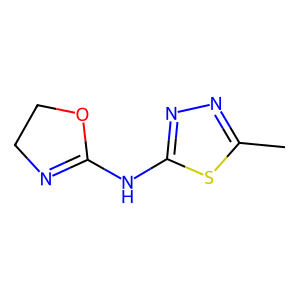
SMILES: Cc1nnc(NC2=NCCO2)s1
Inhibits HIV replication: No